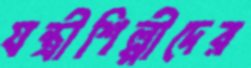
যন্ত্রীশিল্পীদের